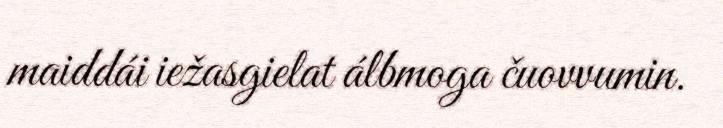
maiddái iežasgielat álbmoga čuovvumin.